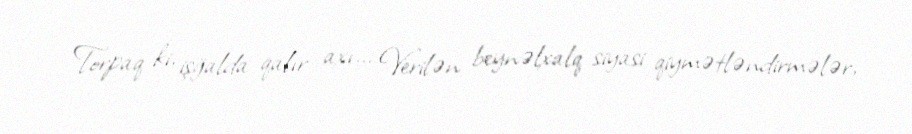
Torpaq ki, işğalda qalır axı... Verilən beynəlxalq siyasi qiymətləndirmələr,